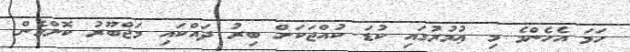
ހަމަ އެހެންމެ މި ޢުމުރުގައި ކުޑަ ކުއްޖަކަށް ބިރު ދައްކައި މަޖްބޫރު ކޮށްގެން